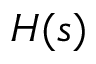
H ( s )